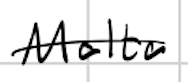
Text: Malta
Cross-out: single-line
Writing tool: digital_black